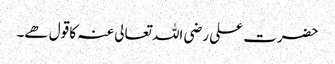
حضرت علی رضی اللہ تعالی عنہ کا قول ھے۔